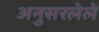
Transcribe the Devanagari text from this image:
अनुसरलेले